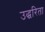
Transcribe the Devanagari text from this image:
उद्धरिता